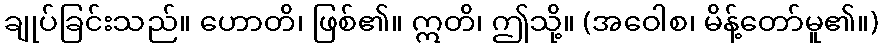
ချုပ်ခြင်းသည်။ ဟောတိ၊ ဖြစ်၏။ ဣတိ၊ ဤသို့။ (အဝေါစ၊ မိန့်တော်မူ၏။)